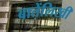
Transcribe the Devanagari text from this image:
बातेंलिखी